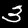
Digit: 3